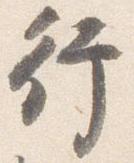
行